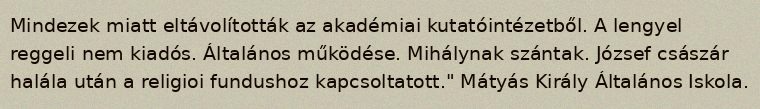
Mindezek miatt eltávolították az akadémiai kutatóintézetből. A lengyel reggeli nem kiadós. Általános működése. Mihálynak szántak. József császár halála után a religioi fundushoz kapcsoltatott." Mátyás Király Általános Iskola.